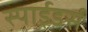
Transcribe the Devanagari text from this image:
स्पाईडर्स